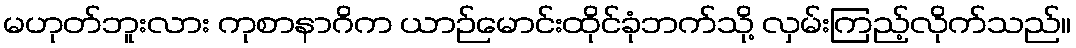
မဟုတ်ဘူးလား ကုစာနာဂိက ယာဉ်မောင်းထိုင်ခုံဘက်သို့ လှမ်းကြည့်လိုက်သည်။